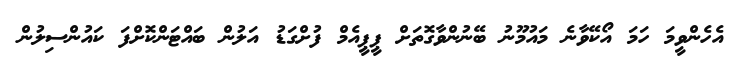
އެހެންވީމަ ހަމަ އޯކޭވާނެ މައުމޫނު ބޭނުންވާގޮތަށް ޕީޕީއެމް ފުށްގަޑު އަލުން ބައްޓަންކޮށްފަ ކައުންސިލުން